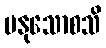
မနုသောစသိ